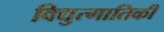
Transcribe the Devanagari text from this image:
विद्युत्गातिकी